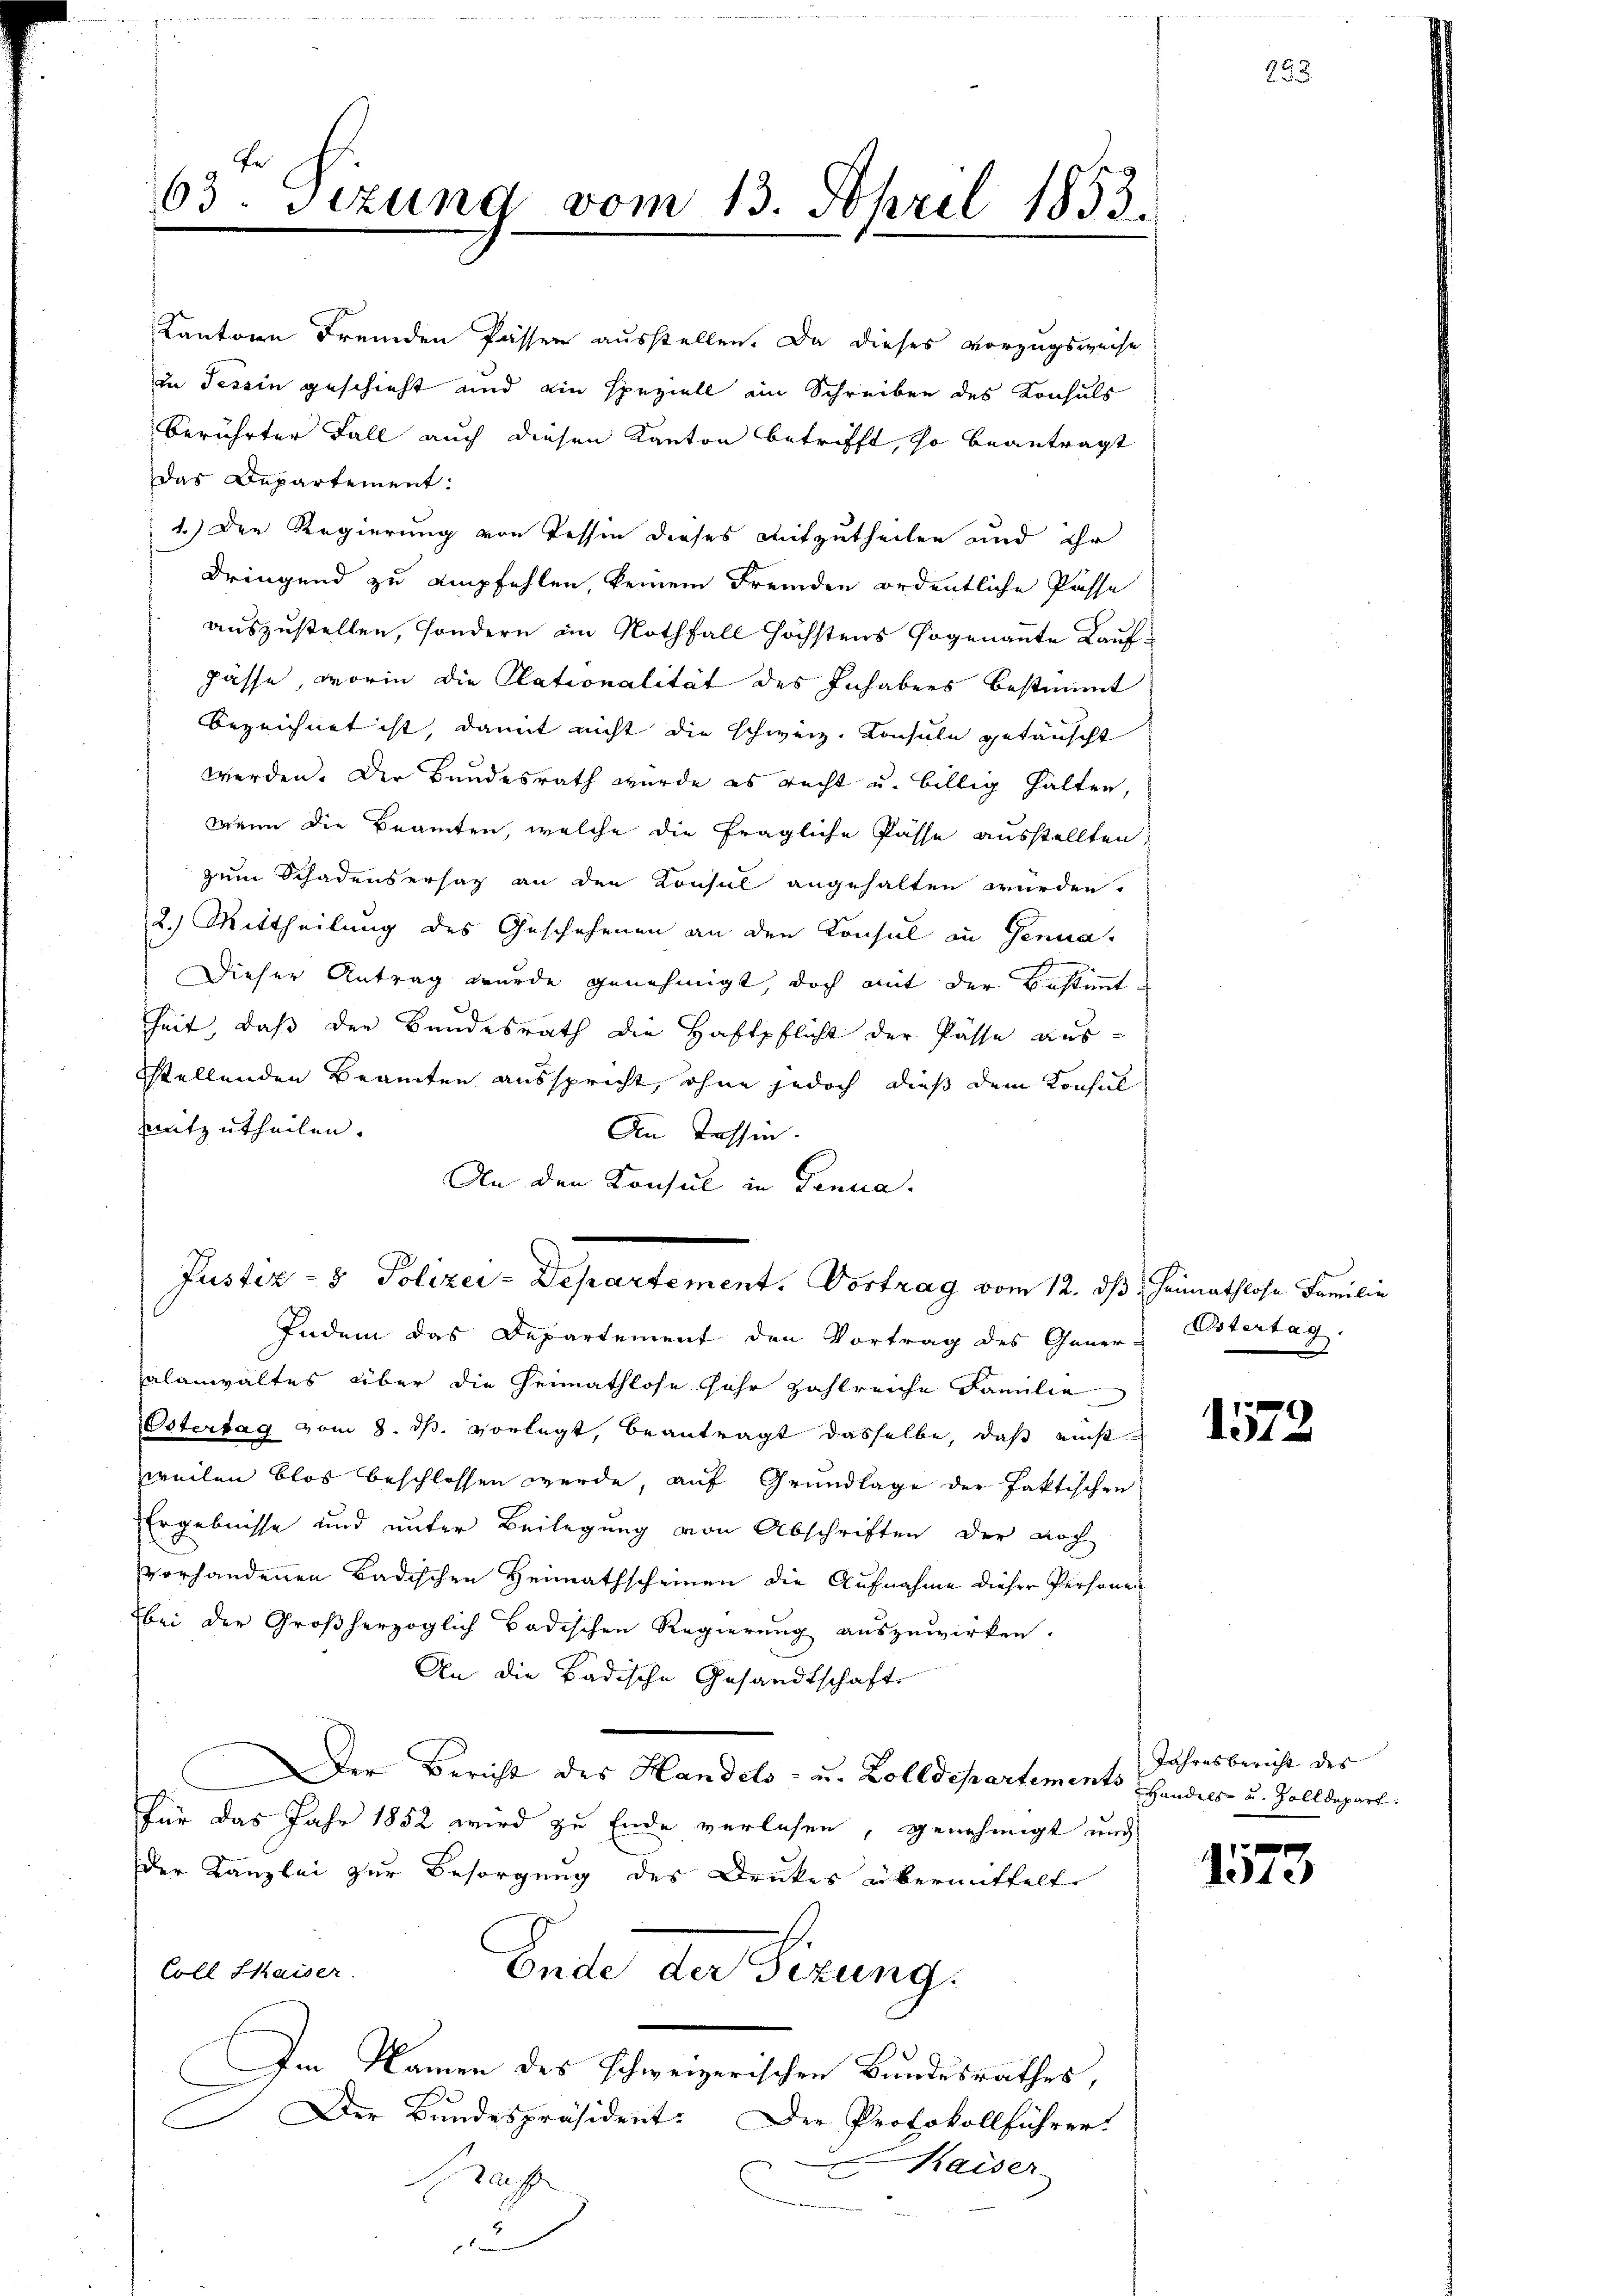
63 Sizung vom 13. April 1853.

mitzutheilen.
An Tessin.
Indem das Departement den Vortrag des Gener Ostertag.
alanwaltes über die Heimathlose Jahr zahlreiche Familie
Östertag vom 8. ds. vorlegt, beantragt dasselbe, daß einst
weilen blos beschlossen werde, auf Grundlage der faktischen
Ergebnisse und unter Beilegung von Abschriften der noch
vorhandenen Badischen Heimathscheinen die Aufnahme dieser Personen
bei der Großherzoglich Badischen Regierŭng aŭszŭwirken.
An die Badische Gesandtschaft
Der Bericht des Handels- u. Zolldepartements Handels- u. Zolldepart.
für das Jahr 1852 wird zu Ende verlesen, genehmigt und
der Kanzlei zur Besorgung des Druckes übermittelt.
Coll Saiser.
Ende der Firung.
Im Namen des schweizerischen Bundesrathes,
Der Bundespräsident: Der Protokollführer
Kaiser-
aff
u

Kantone Fremden Passen ausstellen. Da dieses Vorzugsweise
in Tessin geschieht und ein speziell ein Schreiben des Konsuls
berührter Fall auch diesen Kanton betrifft, so beantragt
das Departement:
1.) Der Regierung von Tessin dieses mitzutheilen und ihr
Dringend zu empfehlen, keinem Fremden ordentliche Pässe
auszustellen, sondern am Nothfall höchstens sogenannte Kauf¬
Fässe, worin die Plationalität des Inhabens bestimmt
bezeichnet ist, damit nicht die schweiz. Konsule getäuscht
werden. Der Bundesrath wurde es recht u. billig halten,
Wann die Beamten, welche die fragliche Pässe ausstellten,
zum Schadensersag an den Konsul angehalten würden.
2.) Mittheilung des Geschehenen an den Konsul in Genua,
Dieser Antrag wurde genehmigt, doch mit der Bestimmt-
heit, daß der Bundesrath die Haftpflicht der Pässe aussstellenden Beamten ausspricht, ohne jedoch dieß dem Konsul

An den Konsul in Genua
Justiz- & Polizei-Departement. Vortrag vom 12. ds. Heimathlose Familie

293.

1572

Jahresbericht des |

1573